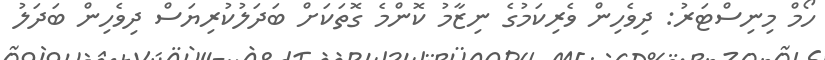
ހޯމް މިނިސްޓަރު: ދިވެހިން ވެރިކަމުގެ ނިޒާމު ކޮންމެ ގޮތަކަށް ބަދަލުކުރިޔަސް ދިވެހިން ބަދަލު